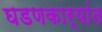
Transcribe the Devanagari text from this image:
घडणकार्यांत